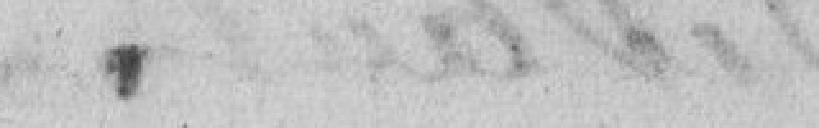
.